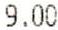
9.00